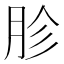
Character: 胗